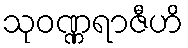
သုဝဏ္ဏရာဇီဟိ